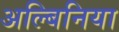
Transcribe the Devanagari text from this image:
अल्बिनिया